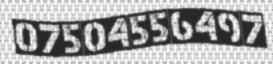
07504556497